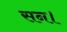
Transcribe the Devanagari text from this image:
सन।